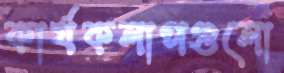
কার্যকলাপগুলো